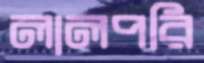
লালপরি